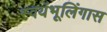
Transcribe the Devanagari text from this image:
स्वयंभूलिंगास